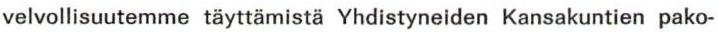
velvollisuutemme täyttämistä Yhdistyneiden Kansakuntien pako-